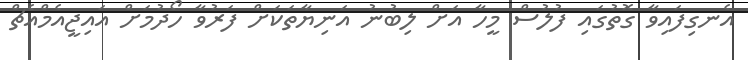
އެނގިފައިވާ ގޮތުގައި ފުލުސް މީހާ އަށް ލިބުނު އަނިޔާތަކަށް ފަރުވާ ހޯދުމަށް އައިޖީއެމްއެޗް